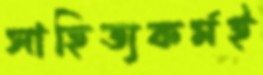
সাহিত্যকর্মই